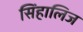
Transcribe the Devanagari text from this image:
सिंहालिज